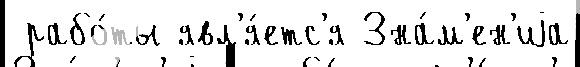
 рабо́ты явл'я́етс'я Зна́м'ен'иjа